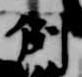
例